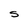
Character: S